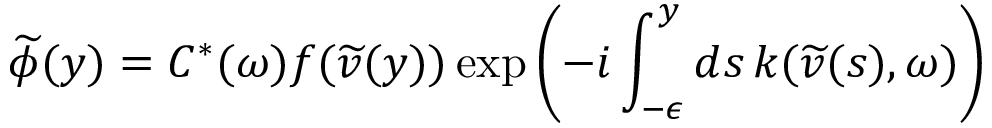
\widetilde { \phi } ( y ) = C ^ { * } ( \omega ) f ( \widetilde { v } ( y ) ) \exp \left( - i \int _ { - \epsilon } ^ { y } d s \, k ( \widetilde { v } ( s ) , \omega ) \right)